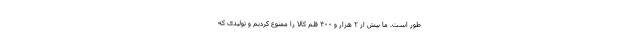
طور است. ما بیش از ۲ هزار و ۴۰۰ قلم کالا را ممنوع کردیم و تولیدی که